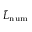
\tilde { L } _ { \mathrm { n u m } }